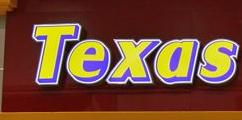
texas